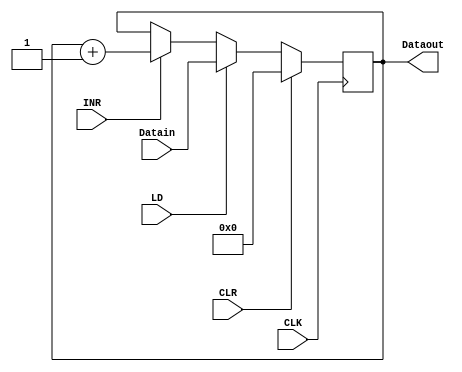
module register16(
Datain,			// 16 bit data inputs
CLK,			// 1 clock input
LD,				// 1 load input
INR,			// 1 increment input
CLR,			// 1 clear input
Dataout			// 16 bit outputs
);

/* ............ Input ports ............ */
input [15:0] Datain;
input CLK;
input LD;
input INR;
input CLR;

/* ............ Output ports ............ */
output [15:0] Dataout;

/* ............ Input Ports Data Type ............ */
wire [15:0] Datain;
wire CLK;
wire LD;
wire INR;
wire CLR;

/* ............ Output Ports Data Type ............ */
reg [15:0] Dataout;

/* ............ Code starts here ............ */
always @(posedge CLK)
begin
	if (CLR == 1'b1) begin
	Dataout <= 16'h0000;
	end

	else if (LD == 1'b1) begin
	Dataout <= Datain;
	end

	else if (INR == 1'b1) begin
	Dataout <= Dataout+1;
	end

	else begin
	Dataout <= Dataout;
	end

end
endmodule